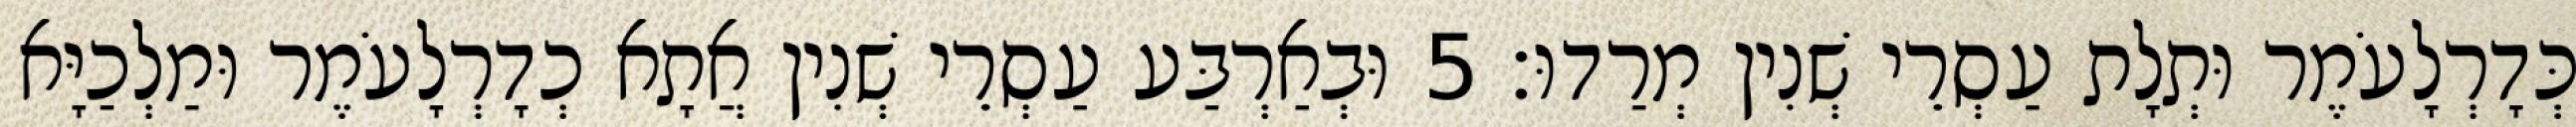
כְּדָרְלָעֹמֶר וּתְלָת עַסְרֵי שְׁנִין מְרַדוּ׃ 5 וּבְאַרְבַּע עַסְרֵי שְׁנִין אֲתָא כְדָרְלָעֹמֶר וּמַלְכַיָּא